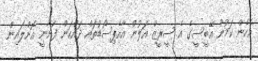
އެހެން ކަމުން އޭބީސީގެ އެ ސީރީޒް އަލުން އާއެޕިސޯޑުތައް ދައްކަން ފަށާނީ އޮންލައިން